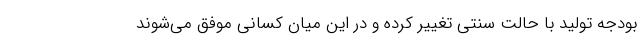
بودجه تولید با حالت سنتی تغییر کرده و در این میان کسانی موفق می‌شوند